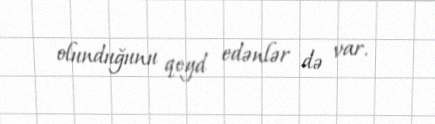
olunduğunu qeyd edənlər də var.